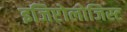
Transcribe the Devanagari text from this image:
इजिप्टोलोजिस्ट